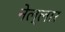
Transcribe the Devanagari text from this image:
नेल्‍लार